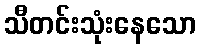
သီတင်းသုံးနေသော